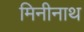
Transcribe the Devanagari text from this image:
मिनीनाथ